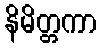
နိမိတ္တကာ